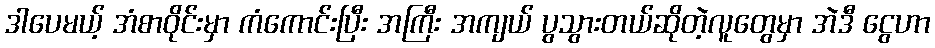
ဒါပေမယ့် အံစာဝိုင်းမှာ ကံကောင်းပြီး အကြီး အကျယ် ပွသွားတယ်ဆိုတဲ့လူတွေမှာ အဲဒီ ငွေဟာ